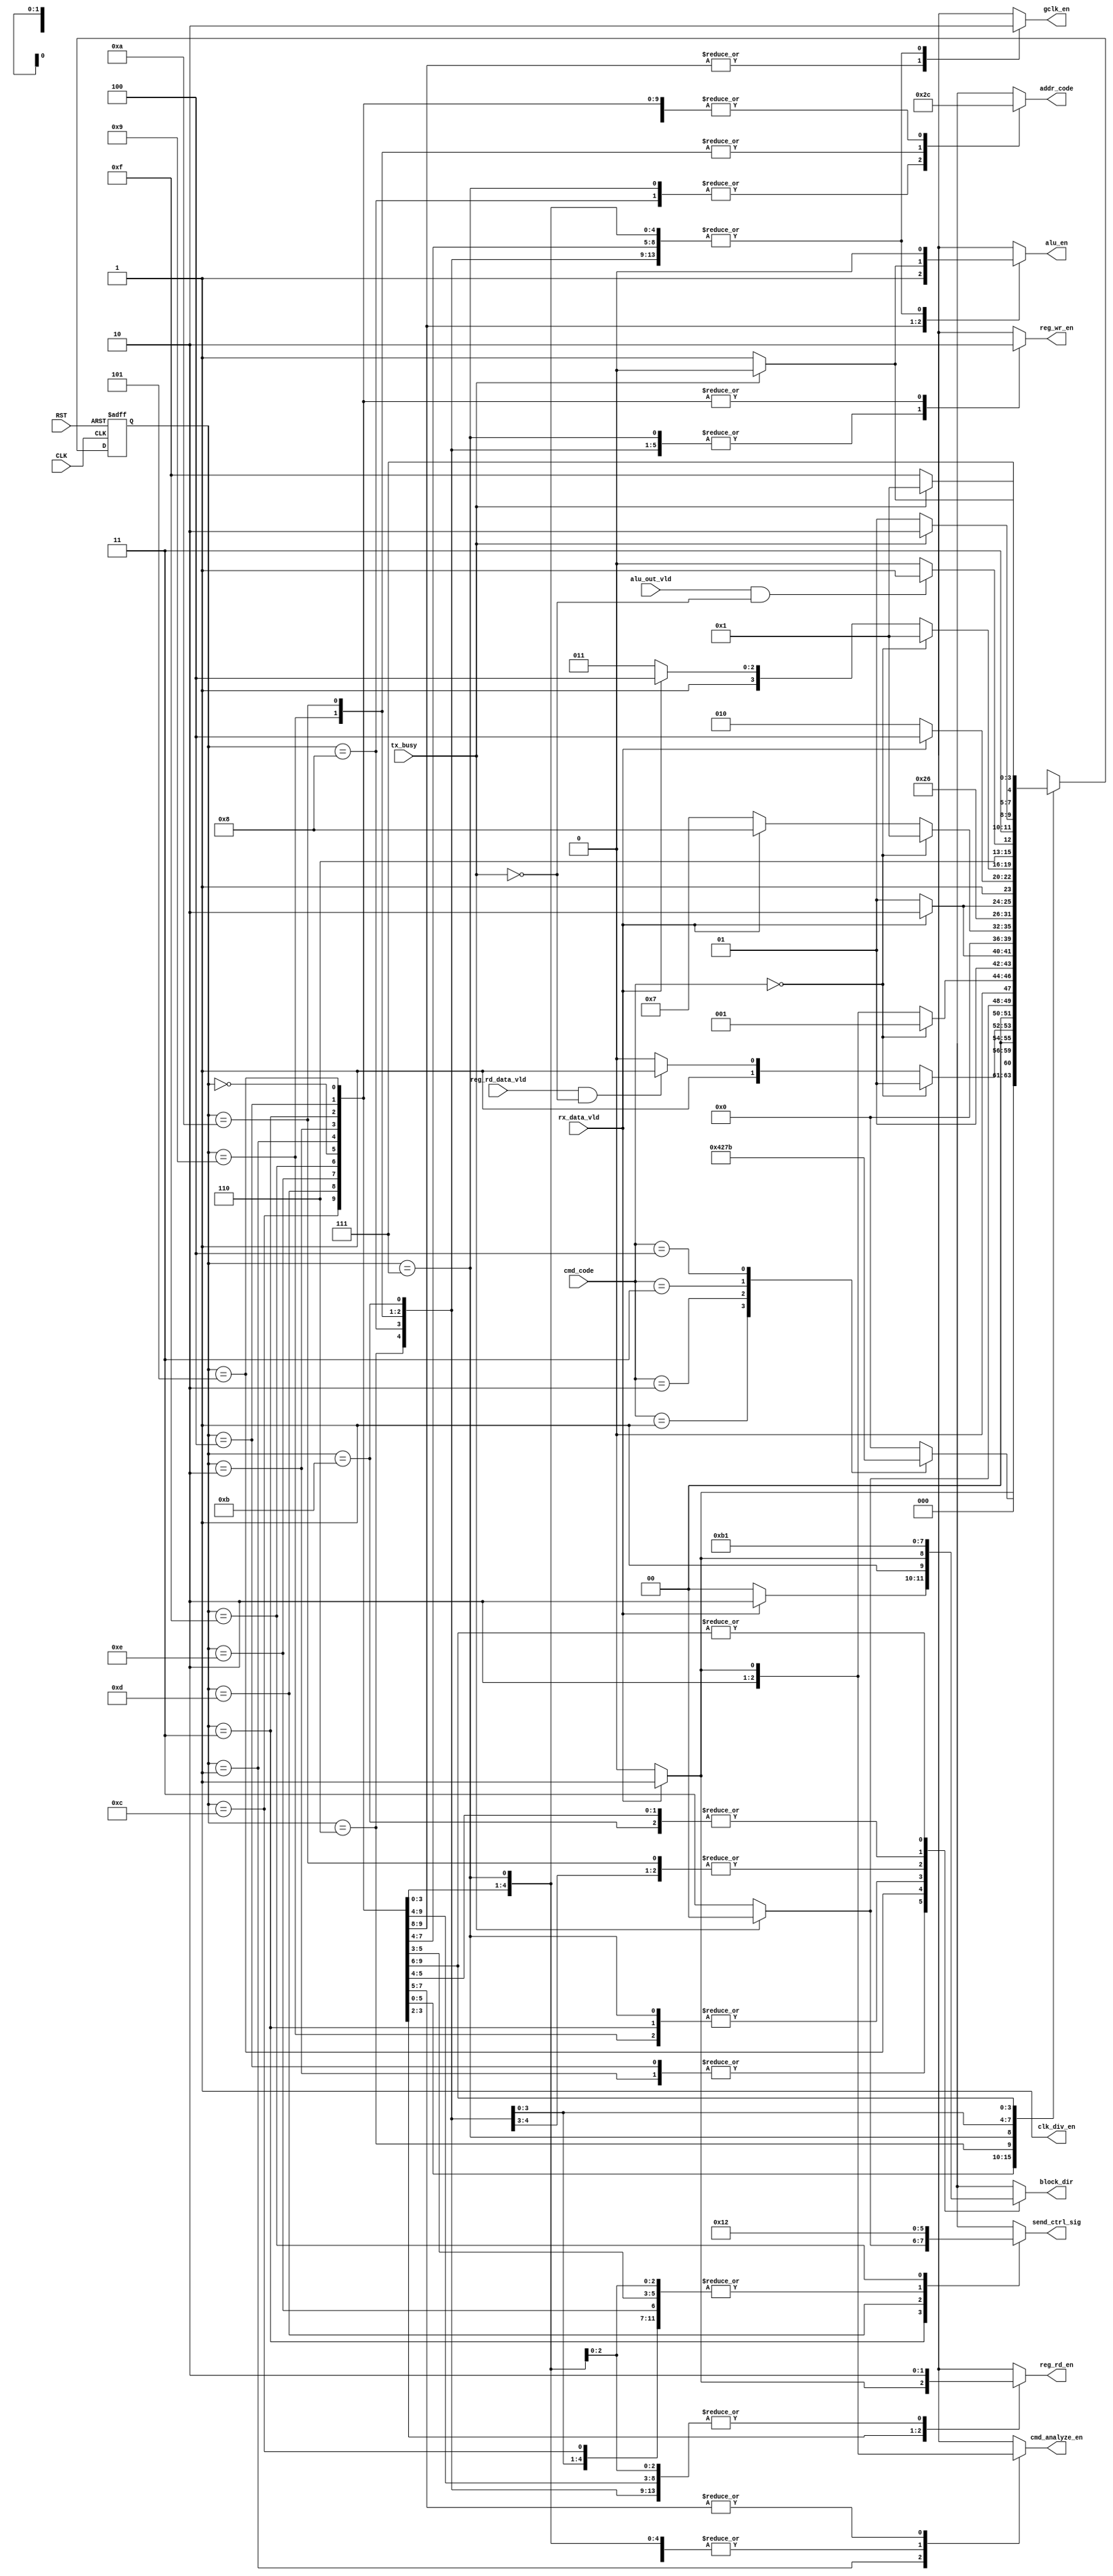
`timescale 1ns / 1ps
//////////////////////////////////////////////////////////////////////////////////
// Company: 
// Engineer: 
// 
// Design Name: 
// Module Name: CTRL_FSM (CRTL_SYS)
// Project Name: LowPowerMultiClockDigtialCommuSys
// Target Devices: 
// Tool Versions: 
// Description: 
// 
// Dependencies: 
// 
// Revision:
// Revision 0.01 - File Created
// Additional Comments:
// 
//////////////////////////////////////////////////////////////////////////////////
module CTRL_FSM (
    input   wire                CLK,
    input   wire                RST,
    input   wire                rx_data_vld,
    input   wire                tx_busy,
    input   wire                reg_rd_data_vld,
    input   wire    [2 : 0]     cmd_code,
    input   wire                alu_out_vld,
    output  reg                 alu_en,
    output  reg                 gclk_en,
    output  reg                 cmd_analyze_en,
    output  reg     [1 : 0]     block_dir,
    output  reg     [1 : 0]     addr_code,
    output  reg     [1 : 0]     send_ctrl_sig,
    output  reg                 reg_wr_en,
    output  reg                 reg_rd_en,
    output  wire                clk_div_en
    );

    reg             [3 : 0]     state,
                                next_state;


    // FSM states
    localparam IDLE     = 4'h0;
    localparam CMD      = 4'h1;     // command analyzing state
    localparam RD_ADDR  = 4'h2;     // read from reg command state 1 (address)
    localparam REG_VLD  = 4'h3;     // read from reg command state 2 (data to send)
    localparam WR_ADDR  = 4'h4;     // write to reg command state 1 (address)
    localparam WR_DATA  = 4'h5;     // write to reg command state 2 (direct the written data to reg)
    localparam WR_DONE  = 4'h6;     // write to reg command state 3 (activating the write enable)
    localparam OP1_ADR  = 4'h7;     // ALU with operands command state [operand 1] (address)
    localparam OP1_DAT  = 4'h8;     // ALU with operands command state [operand 1] (write data)
    localparam OP2_ADR  = 4'h9;     // ALU with operands command state [operand 2] (address)
    localparam OP2_DAT  = 4'hA;     // ALU with operands command state [operand 2] (write data)
    localparam NO_OP    = 4'hB;     // ALU with no operands command state (direct to ALU once the function captured by RX)
    localparam ALU      = 4'hC;     // ALU state 1 (to read function type and do the operation)
    localparam ALU_VLD  = 4'hD;     // ALU state 2 (to send the first word of ALU result) [ALU_OUT_WIDTH = 2*DATA_WIDTH]
    localparam ALU_VLD2 = 4'hE;     // ALU state 3 (to wait untill the first word is completely sent)
    localparam ALU_VLD3 = 4'hF;     // ALU state 4 (to send the second word of ALU result)


    assign clk_div_en   = 1'b1;     // always active (from specs)


    always @(posedge CLK, negedge RST)
    begin
        if(~RST)
            state <= IDLE;
        else
            state <= next_state;
    end


    always @(*)
    begin
        case(state)
            IDLE:   begin  //S0
                        // outputs
                        cmd_analyze_en  = rx_data_vld ? 1'b1 : 1'b0;
                        block_dir       =  'b0;
                        alu_en          = 1'b0;
                        gclk_en         = 1'b0;
                        addr_code       = 2'b0;
                        reg_wr_en       = 1'b0;
                        reg_rd_en       = 1'b0;
                        send_ctrl_sig   =  'b0;
                        // next_state
                        if(rx_data_vld)
                            next_state  = CMD;
                        else
                            next_state  = IDLE;
                    end
            CMD :   begin //S1
                        // outputs
                        cmd_analyze_en  = 1'b1;
                        block_dir       =  'b0;
                        alu_en          = 1'b0;
                        gclk_en         = 1'b0;
                        addr_code       = 2'b0;
                        reg_wr_en       = 1'b0;
                        reg_rd_en       = 1'b0;
                        send_ctrl_sig   =  'b0;
                        // next_state
                        case(cmd_code)
                            3'b001:     next_state  = WR_ADDR;  //reg write command
                            3'b010:     next_state  = RD_ADDR;  //reg read command
                            3'b011:     next_state  = OP1_ADR;  //alu fun command with operands
                            3'b100:     next_state  = NO_OP;    //alu fun command with no operands
                            default:    next_state  = IDLE;     //no command
                        endcase
                    end
            RD_ADDR:begin //S2
                        // outputs
                        cmd_analyze_en  = 1'b0;
                        block_dir       = rx_data_vld ? 'b10 : 'b0;
                        alu_en          = 1'b0;
                        gclk_en         = 1'b0;
                        addr_code       = 2'b0;
                        reg_wr_en       = 1'b0;
                        reg_rd_en       = rx_data_vld ? 1'b1 : 1'b0;
                        send_ctrl_sig   = 'b0;
                        // next_state
                        if (cmd_code == 'b0)
                            next_state  = CMD;
                        else if(reg_rd_data_vld & ~tx_busy)
                            next_state  = REG_VLD;
                        else
                            next_state  = RD_ADDR;
                    end
            REG_VLD:begin //S3
                        // outputs
                        cmd_analyze_en  = 1'b0;
                        block_dir       =  'b10;
                        alu_en          = 1'b0;
                        gclk_en         = 1'b0;
                        addr_code       = 2'b0;
                        reg_wr_en       = 1'b0;
                        reg_rd_en       = 1'b1;
                        send_ctrl_sig   =  ~tx_busy ? 'b11 : 'b0;
                        // next_state
                        if (tx_busy)
                            next_state      = IDLE;
                        else
                            next_state      = REG_VLD;
                    end
            WR_ADDR:begin //S4
                        // outputs
                        cmd_analyze_en  = 1'b0;
                        block_dir       = rx_data_vld ? 'b10 : 'b0;
                        alu_en          = 1'b0;
                        gclk_en         = 1'b0;
                        addr_code       = 2'b0;
                        reg_wr_en       = 1'b0;
                        reg_rd_en       = 1'b0;
                        send_ctrl_sig   =  'b0;
                        // next_state
                        if (cmd_code == 'b0)
                            next_state  = CMD;
                        else if(rx_data_vld)
                            next_state  = WR_DATA;
                        else
                            next_state  = WR_ADDR;
                    end
            WR_DATA:begin //S5
                        // outputs
                        cmd_analyze_en  = 1'b0;
                        block_dir       = rx_data_vld ? 'b11 : 'b10;
                        alu_en          = 1'b0;
                        gclk_en         = 1'b0;
                        addr_code       = 2'b0;
                        reg_wr_en       = 1'b0;
                        reg_rd_en       = 1'b0;
                        send_ctrl_sig   =  'b0;
                        // next_state
                        if(rx_data_vld)
                            next_state  = WR_DONE;
                        else
                            next_state  = WR_DATA;
                    end
            WR_DONE:begin //S6
                        // outputs
                        cmd_analyze_en  = 1'b0;
                        block_dir       =  'b11;
                        alu_en          = 1'b0;
                        gclk_en         = 1'b0;
                        addr_code       = 2'b0;
                        reg_wr_en       = 1'b1;
                        reg_rd_en       = 1'b0;
                        send_ctrl_sig   =  'b0;
                        // next_state
                        next_state      = IDLE;
                    end
            OP1_ADR:begin //S7
                        // outputs
                        cmd_analyze_en  = 1'b0;
                        block_dir       = 'b10;
                        alu_en          = 1'b0;
                        gclk_en         = 1'b0;
                        addr_code       = 2'b10;
                        reg_wr_en       = 1'b1;
                        reg_rd_en       = 1'b0;
                        send_ctrl_sig   =  'b0;
                        // next_state
                        if (cmd_code == 'b0)
                            next_state  = CMD;
                        else if(rx_data_vld)
                            next_state  = OP1_DAT;
                        else
                            next_state  = OP1_ADR;
                        end
            OP1_DAT:begin //S8
                        // outputs
                        cmd_analyze_en  = 1'b0;
                        block_dir       =  'b11;
                        alu_en          = 1'b0;
                        gclk_en         = 1'b0;
                        addr_code       = 2'b10;
                        reg_wr_en       = 1'b1;
                        reg_rd_en       = 1'b0;
                        send_ctrl_sig   =  'b0;
                        // next_state
                        next_state      = OP2_ADR;
                    end
            OP2_ADR:begin //S9
                        // outputs
                        cmd_analyze_en  = 1'b0;
                        block_dir       = 'b10;
                        alu_en          = 1'b0;
                        gclk_en         = 1'b0;
                        addr_code       = 2'b11;
                        reg_wr_en       = 1'b1;
                        reg_rd_en       = 1'b0;
                        send_ctrl_sig   =  'b0;
                        // next_state
                        if(rx_data_vld)
                            next_state  = OP2_DAT;
                        else
                            next_state  = OP2_ADR;
                        end
            OP2_DAT:begin //S10 (A)
                        // outputs
                        cmd_analyze_en  = 1'b0;
                        block_dir       =  'b11;
                        alu_en          = 1'b0;
                        gclk_en         = 1'b0;
                        addr_code       = 2'b11;
                        reg_wr_en       = 1'b1;
                        reg_rd_en       = 1'b0;
                        send_ctrl_sig   =  'b0;
                        // next_state
                        if(rx_data_vld)
                            next_state  = ALU;
                        else
                            next_state  = OP2_DAT;
                    end
            NO_OP  :begin //S11 (B)
                        // outputs
                        cmd_analyze_en  = 1'b0;
                        block_dir       =  'b0;
                        alu_en          = 1'b0;
                        gclk_en         = 1'b0;
                        addr_code       = 2'b0;
                        reg_wr_en       = 1'b1;
                        reg_rd_en       = 1'b0;
                        send_ctrl_sig   =  'b0;
                        // next_state
                        if (cmd_code == 'b0)
                            next_state  = CMD;
                        else
                            next_state  = rx_data_vld ? ALU : NO_OP;
                    end
            ALU:    begin //S12 (C)
                        // outputs
                        cmd_analyze_en  = 1'b0;
                        block_dir       =  'b01;
                        alu_en          = 1'b1;
                        gclk_en         = 1'b1;
                        addr_code       = 2'b0;
                        reg_wr_en       = 1'b0;
                        reg_rd_en       = 1'b0;
                        send_ctrl_sig   =  'b0;
                        // next_state
                        if (alu_out_vld & ~tx_busy)
                            next_state  = ALU_VLD;
                        else
                            next_state  = ALU;
                    end
            ALU_VLD:begin //S13 (D)
                        // outputs
                        cmd_analyze_en  = 1'b0;
                        block_dir       =  'b01;
                        alu_en          = tx_busy ? 1'b0 : 1'b1;
                        gclk_en         = 1'b1;
                        addr_code       = 2'b0;
                        reg_wr_en       = 1'b0;
                        reg_rd_en       = 1'b0;
                        send_ctrl_sig   =  'b01;
                        // next_state
                        next_state      = tx_busy ? ALU_VLD2 : ALU_VLD;
                    end
            ALU_VLD2:begin //S14 (E)
                        // outputs
                        cmd_analyze_en  = rx_data_vld ? 1'b1 : 1'b0;  //analyze any comming frame to detect the next command
                        block_dir       =  'b01;
                        alu_en          = 1'b0;
                        gclk_en         = 1'b0;
                        addr_code       = 2'b0;
                        reg_wr_en       = 1'b0;
                        reg_rd_en       = 1'b0;
                        send_ctrl_sig   =  'b00;
                        // next_state
                        if(~tx_busy)
                            next_state  = ALU_VLD3;
                        else
                            next_state  = ALU_VLD2;
                    end
            ALU_VLD3:begin //S15 (F)
                        // outputs
                        cmd_analyze_en  = rx_data_vld ? 1'b1 : 1'b0;  //analyze any comming frame to detect the next command
                        block_dir       =  'b01;
                        alu_en          = 1'b0;
                        gclk_en         = 1'b0;
                        addr_code       = 2'b0;
                        reg_wr_en       = 1'b0;
                        reg_rd_en       = 1'b0;
                        send_ctrl_sig   =  'b10;
                        // next_state
                        if(tx_busy)
                            next_state  = CMD;
                        else
                            next_state  = ALU_VLD3;
                    end
            default:begin
                        // outputs
                        cmd_analyze_en  = 1'b0;
                        block_dir       =  'b0;
                        alu_en          = 1'b0;
                        gclk_en         = 1'b0;
                        addr_code       = 2'b0;
                        reg_wr_en       = 1'b0;
                        reg_rd_en       = 1'b0;
                        send_ctrl_sig   =  'b0;
                        // next_state
                        next_state      = IDLE;
                    end
        endcase
    end






endmodule